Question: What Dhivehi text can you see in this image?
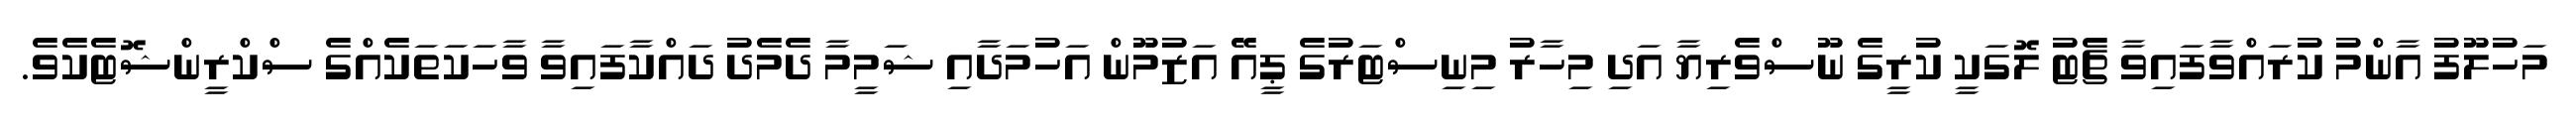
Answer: މަހުލޫފު އާންމު ކުރައްވާފައިވާ ޗެޓު ލޮގަކީ ކުރީގެ ނޫސްވެރިޔާ އަދި މިހާރު މިނިސްޓަރުގެ ޕީއޭ އަޒުމޫން އަހުމަދާއި ޝަމީމާ ދެމެދު ދައްކާފައިވާ ވާހަކަތަކެއްގެ ސްކްރީންޝޮޓެކެވެ.